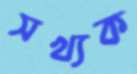
সখ্যক